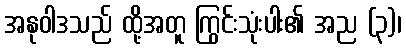
အနုဝါဒသည် ထို့အတူ ကြွင်းသုံးပါး၏ အည (၃)၊